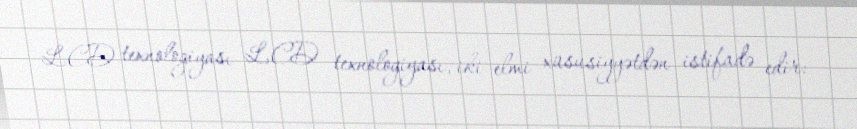
LCD texnologiyası LCD texnologiyası, iki elmi xüsusiyyətdən istifadə edir: